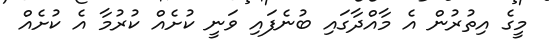
މީގެ އިތުރުން އެ މާއްދާގައި ބުނެފައި ވަނީ ކުށެއް ކުރުމާ އެ ކުށެއް